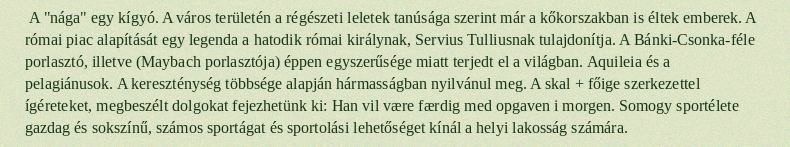
A "nága" egy kígyó. A város területén a régészeti leletek tanúsága szerint már a kőkorszakban is éltek emberek. A római piac alapítását egy legenda a hatodik római királynak, Servius Tulliusnak tulajdonítja. A Bánki-Csonka-féle porlasztó, illetve (Maybach porlasztója) éppen egyszerűsége miatt terjedt el a világban. Aquileia és a pelagiánusok. A kereszténység többsége alapján hármasságban nyilvánul meg. A skal + főige szerkezettel ígéreteket, megbeszélt dolgokat fejezhetünk ki: Han vil være færdig med opgaven i morgen. Somogy sportélete gazdag és sokszínű, számos sportágat és sportolási lehetőséget kínál a helyi lakosság számára.